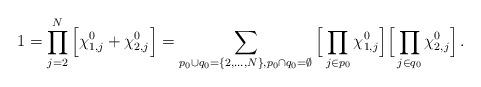
LaTeX: \begin{align*} 1= \prod_{j=2}^{N}\Big[\chi_{1,j}^{0}+\chi_{2,j}^{0}\Big] =\sum_{p_0\cup q_0=\{2,\ldots,N\},p_0\cap q_0=\emptyset} \Big[\prod_{j\in p_0} \chi_{1,j}^{0} \Big] \Big[\prod_{j\in q_0}\chi_{2,j}^{0}\Big]\,.\end{align*}